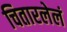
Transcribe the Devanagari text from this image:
चितारलेलं